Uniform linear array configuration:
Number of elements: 32
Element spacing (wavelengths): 0.75
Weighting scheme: hann
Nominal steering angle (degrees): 45
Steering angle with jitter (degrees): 45.203
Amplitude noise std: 0.05
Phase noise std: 0.05

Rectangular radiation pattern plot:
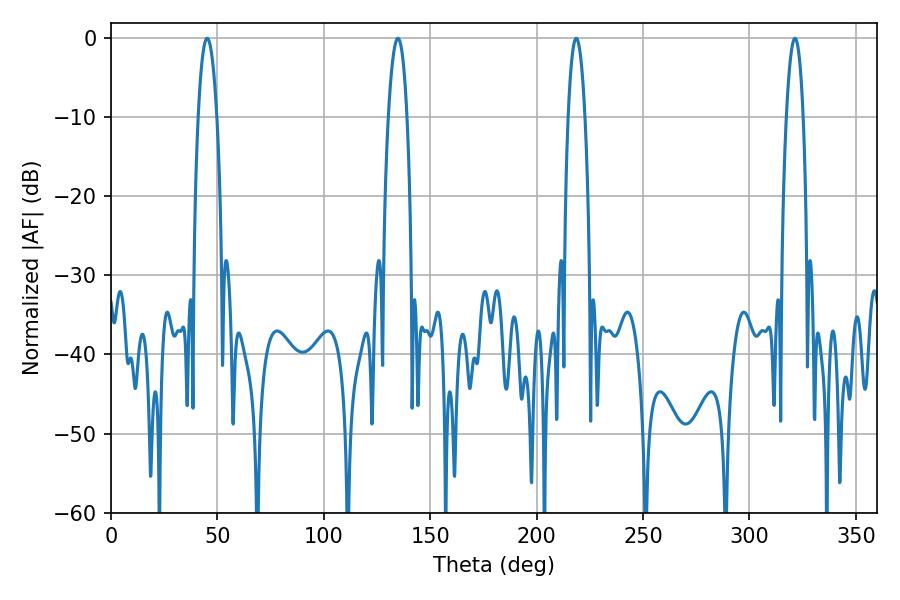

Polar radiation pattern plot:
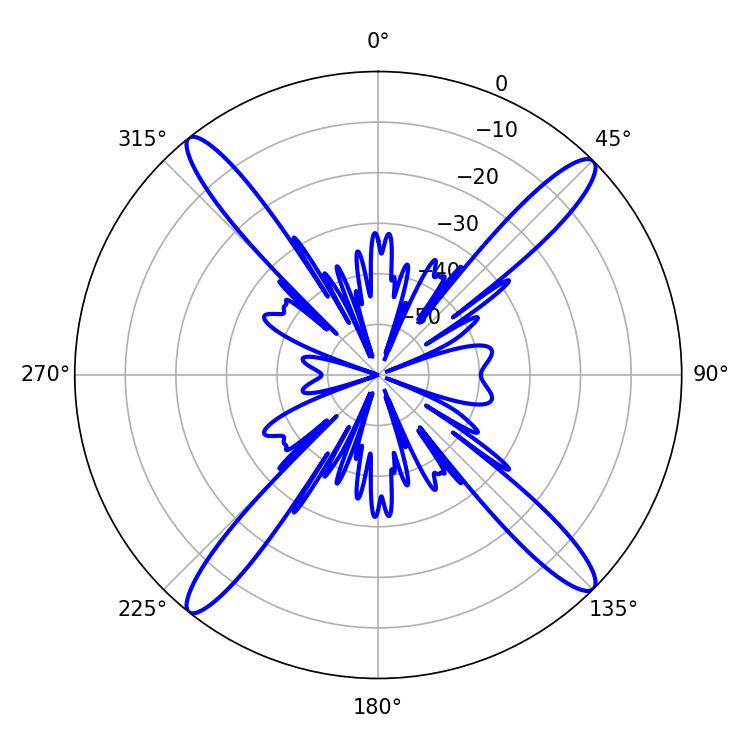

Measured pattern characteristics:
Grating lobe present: TRUE
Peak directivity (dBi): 18.706
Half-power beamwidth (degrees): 4.86
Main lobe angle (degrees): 45.18